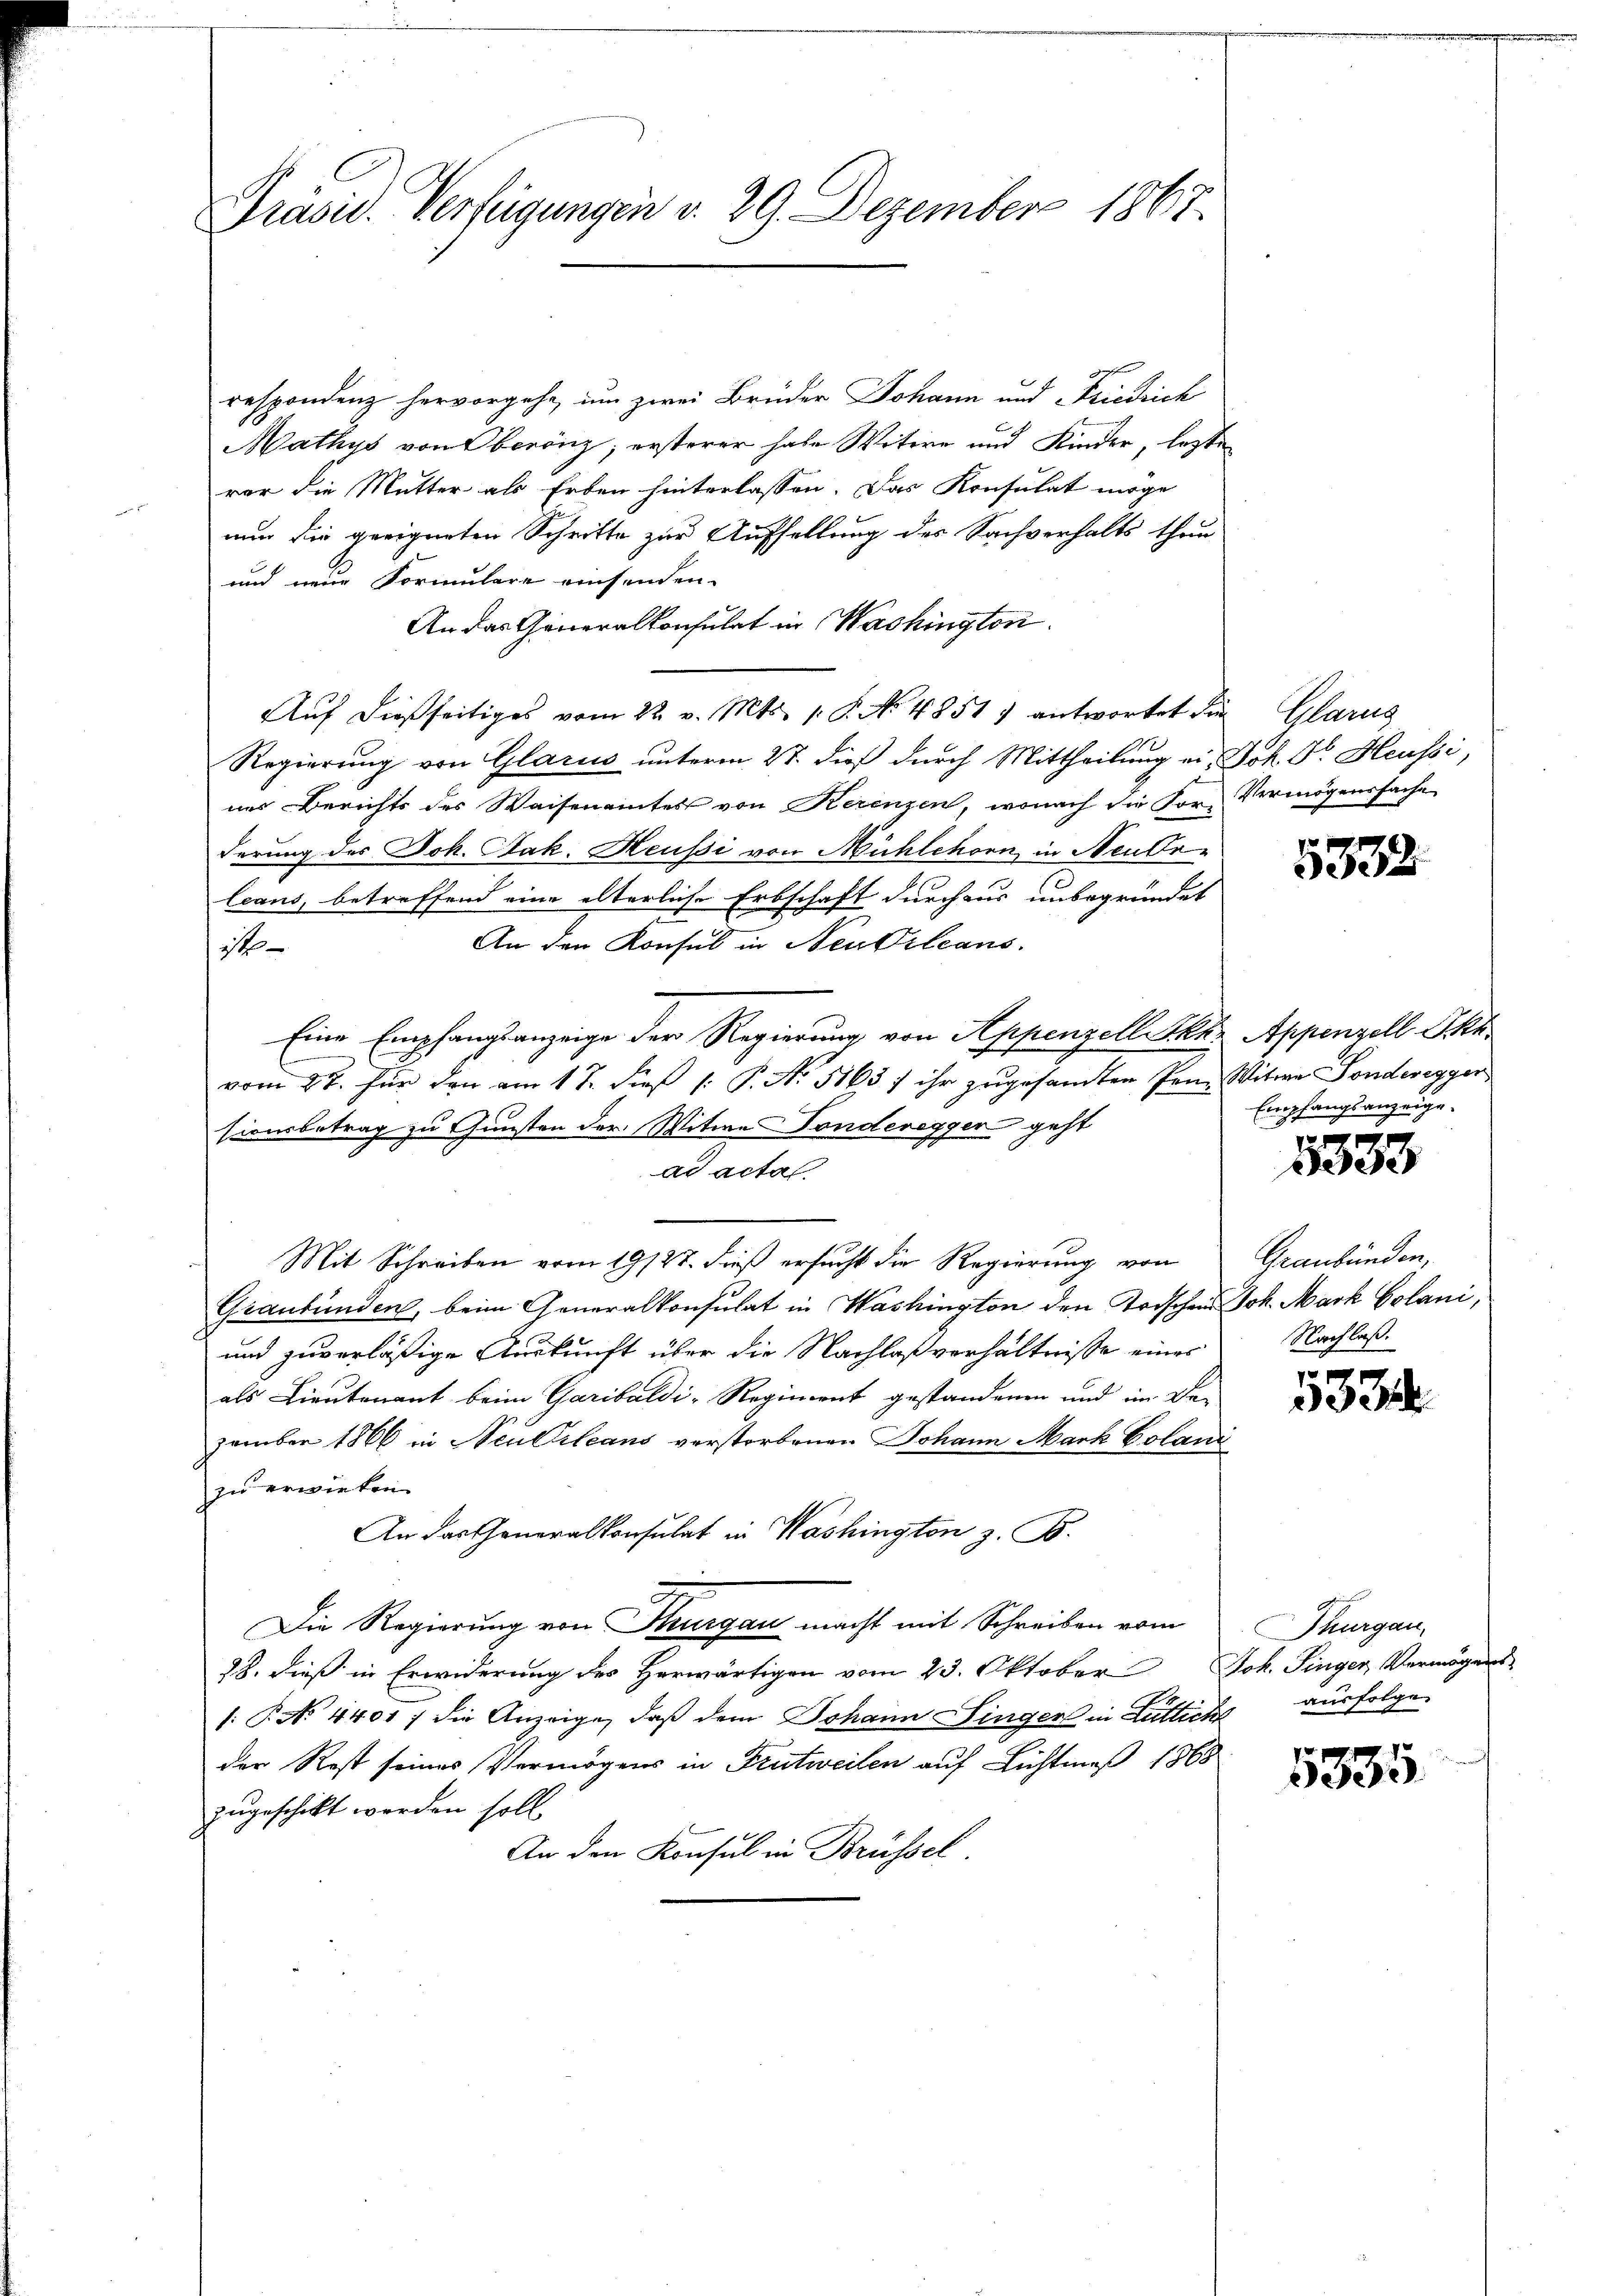
Präsid. Verfügungen v. 29. Dezember 1867.

respondenz hervorgehe, um zwei Brüder Johann und Friedrich
Mathys von Oberönz; ersterer habe Witire und Kinder, lezte
var die Mutter als Erben hinterlassen. Das Konsulat möge
nun die geeigneten Schritte zur Aufhellung des Sachverhalts thun
und neue Formulare einsenden.
An das Generalkonsulat in Washington.
Auf dießseitiges vom 22. v. Mts. 1. P. No 4851) antwortet die Glarus
Regierung von Glarus unterm 27. dieß durch Mittheilung ein Joh. Dr. Heussi,
nes Berichts des Waisenamtes von Rerenzen, wonach die For- Vermögenssache
derung des Joh. Jak. Heussi von Mühlehorn in Neubeleans, betreffend eine alterliche Erbschaft durchaus unbegründet
An den Konsul in Neukrleans
14
Eine Empfangsanzeige der Regierung von Appenzelliska, Appenzell Akt
vom 27. Für den am 17. dieß (: P. No. 5163) ihr zugesandten Prin Witwe Sonderegger
sionsbetrag zu Gunsten der Witwe Fonderegger geht
ad acta.
Mit Schreiben vom 19/27. dieß ersucht die Regierung von
Graubünden, beim Generalkonsulat in Washington den Todschen Joh. Mark Golani,
und zuverläßige Auskunft über die Nachlaßverhältnisse eines
als Lieutenant beim Garibaldi-Regiment gestandenen und im De-
zember 1866 in Neulileans verstorbenen Johann Mark Colanz
zu erwiesen.
An das Generalkonsulat in Washington z. B.
Die Regierung von Thurgau macht mit Schreiben vom
28. dieß in Erwiderung des Herwärtigen vom 23. Oktober Joh. Singer, Vermögens-
: P. No 4401/ die Anzeige, daß dem Johann Singer in Luttich ausfolgen
der Rest seines Vermögens in Frutweilen auf Lichtmeß 1868
zugeschickt werden soll.
An den Konsul in Brüssel.

5338

Empfangsanzeige.

5333

Graubünden,
Nachlaß.

pe
3334

Thurgau,

5335